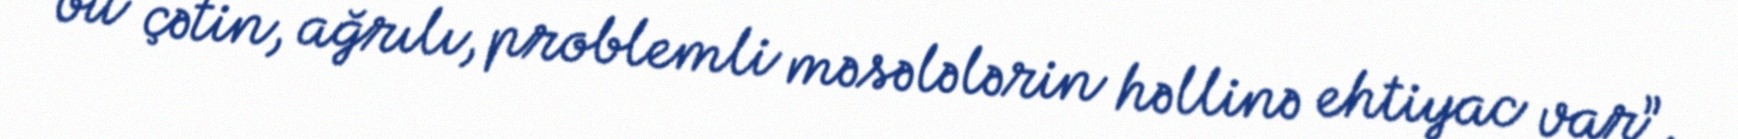
bu çətin, ağrılı, problemli məsələlərin həllinə ehtiyac var”.